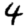
Digit: 4